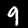
Label: 9